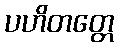
ပဟိတတ္တေ